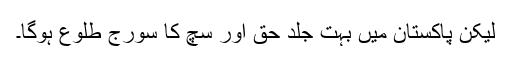
لیکن پاکستان میں بہت جلد حق اور سچ کا سورج طلوع ہوگا۔